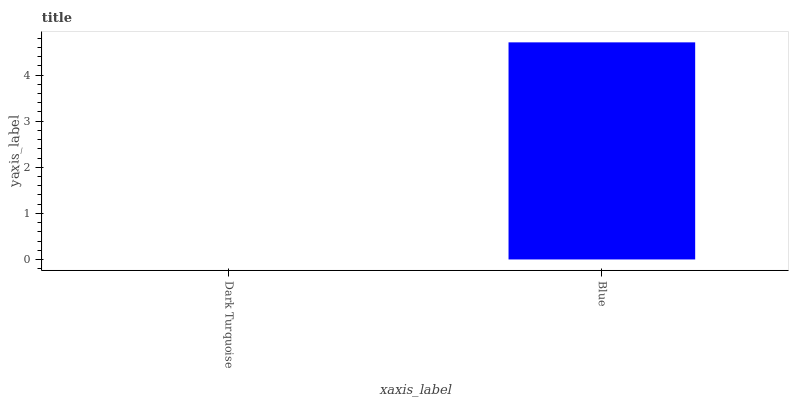
| xaxis_label | bars |
 | --- | --- |
 | Dark Turquoise | 0 |
 | Blue | 4.71 |